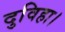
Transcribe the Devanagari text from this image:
दुविहा।